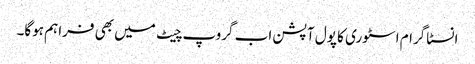
انسٹاگرام اسٹوری کا پول آپشن اب گروپ چیٹ میں بھی فراہم ہوگا۔